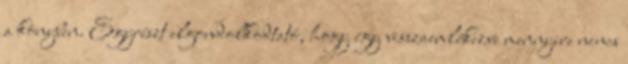
a könyben. Egyrészt elgondolkodtató, hogy így visszaemlékezve mennyire nincs